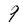
Character: 9